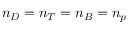
n _ { D } = n _ { T } = n _ { B } = n _ { p }